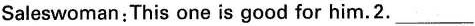
Saleswoman : This one is good for him. 2.___